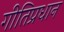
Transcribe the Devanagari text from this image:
गीतिप्रधान